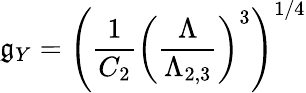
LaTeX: \mathfrak{g}_{Y}=\left({\frac{{1}}{{C_{2}}}}\left({\frac{{\Lambda}}{{\Lambda_{2,3}}}}\right)^{3}\right)^{1/4}